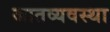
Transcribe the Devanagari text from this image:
जातव्यवस्था